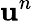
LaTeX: \mathbf{u}^{n}